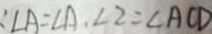
\because \angle A = \angle A , \angle 2 = \angle A C D